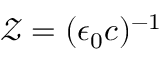
\mathcal Z = ( \epsilon _ { 0 } c ) ^ { - 1 }